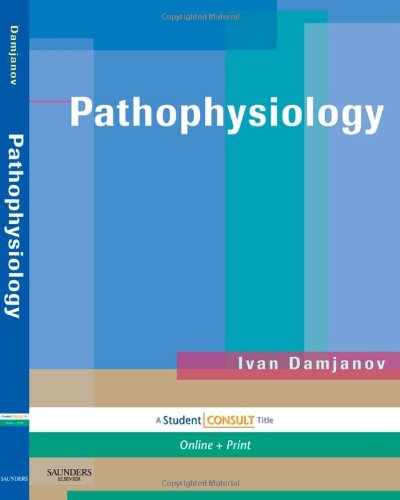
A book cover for Pathophysiology: With STUDENT CONSULT Online Access, 1e; Ivan Damjanov MD  PhD; Medical Books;